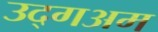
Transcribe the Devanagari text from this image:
उद्गअम